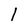
Character: l